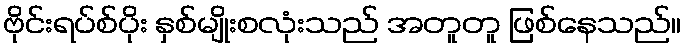
ဗိုင်းရပ်စ်ပိုး နှစ်မျိုးစလုံးသည် အတူတူ ဖြစ်နေသည်။